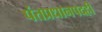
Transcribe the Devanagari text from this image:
पंतप्रधानपदही